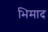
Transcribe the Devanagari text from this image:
भिमाद